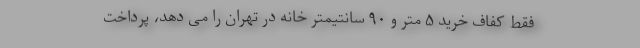
فقط کفاف خرید ۵ متر و ۹۰ سانتیمتر خانه در تهران را می دهد، پرداخت